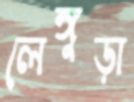
লেঙ্গুড়া